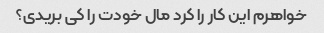
خواهرم این کار را کرد مال خودت را کی بریدی؟